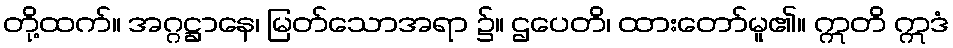
တို့ထက်။ အဂ္ဂဋ္ဌာနေ၊ မြတ်သောအရာ ၌။ ဌပေတိ၊ ထားတော်မူ၏။ ဣတိ ဣဒံ